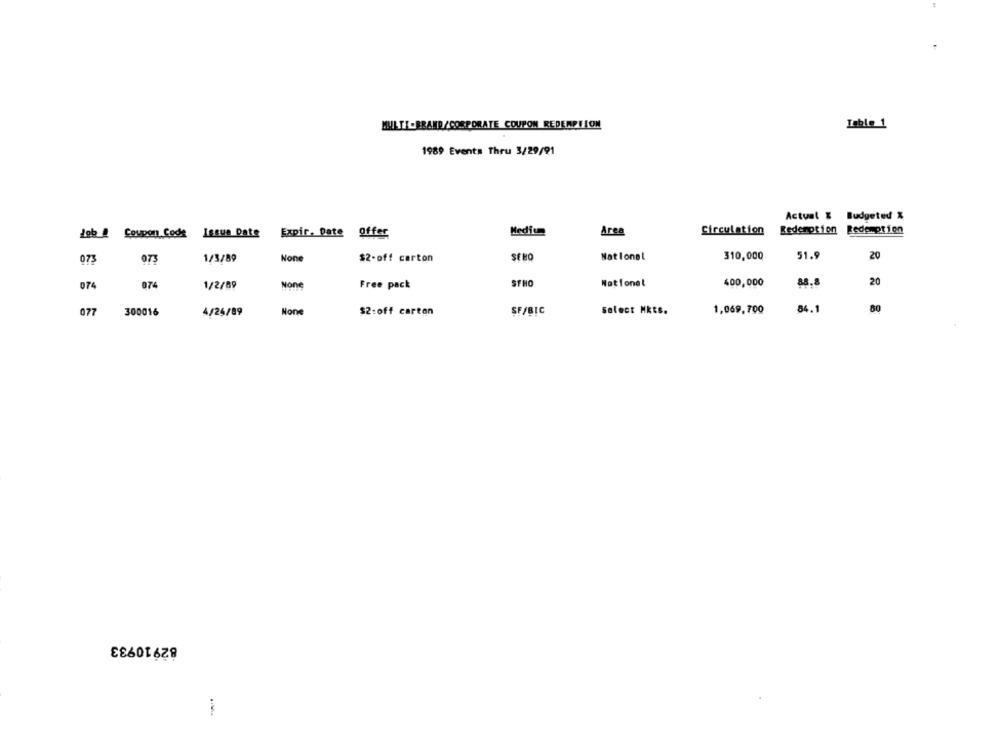
MULTI -BRAND/CORPORATE COUPON REDEMPTION
Inble 1
1989 Events Thru 3/29/91
Actual & Budgeted X
Medium
Area
Redemption
Redemption
Job @ Coupon Code Issue Date
Expir. Date offer
Circulation
073
073
1/3/89
$2-off carton
SENO
National
310,000
51.9
20
STH
National
400,000
20
074
074
1/2/89
Free pack
077
300016
4/24/89
$2:off carton
SF/BIC
Select Mkts.
1,069,700
84.1
80
82910933